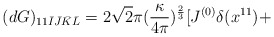
\begin{align*}(dG)_{11 \bar{I} \bar{J} \bar{K} \bar{L}}= 2 \sqrt{2} \pi (\frac{\kappa}{4 \pi})^{\frac{2}{3}} [J^{(0)}\delta(x^{11}) +\end{align*}